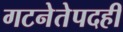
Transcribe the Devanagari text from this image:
गटनेतेपदही